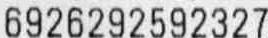
6926292592327